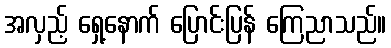
အလှည့် ရှေ့နောက် ပြောင်းပြန် ကြေညာသည်။